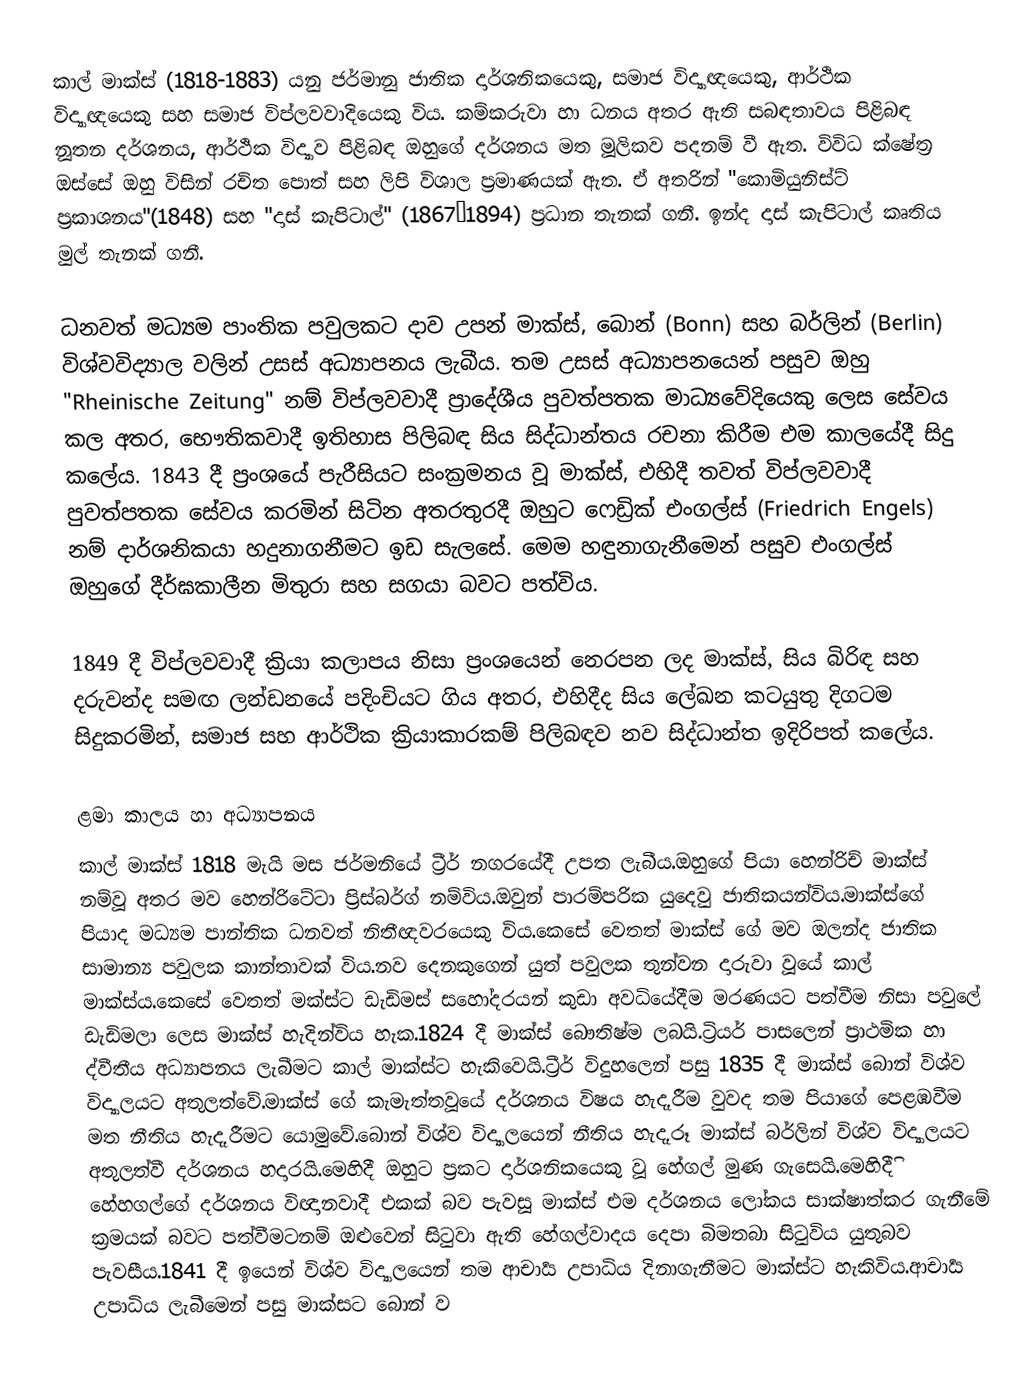
කාල් මාක්ස් (1818-1883) යනු ජර්මානු ජාතික දාර්ශනිකයෙකු, සමාජ විද්‍යාඥයෙකු, ආර්ථික විද්‍යාඥයෙකු සහ සමාජ විප්ලවවාදියෙකු විය. කම්කරුවා හා ධනය අතර ඇති සබඳතාවය පිළිබඳ නූතන දර්ශනය, ආර්ථික විද්‍යාව පිළිබඳ ඔහුගේ දර්ශනය මත මූලිකව පදනම් වී ඇත. විවිධ ක්ෂේත්‍ර ඔස්සේ ඔහු විසින් රචිත පොත් සහ ලිපි විශාල ප්‍රමාණයක් ඇත. ඒ අතරින් "කොමියුනිස්ට් ප්‍රකාශනය"(1848) සහ "දාස් කැපිටාල්" (1867–1894) ප්‍රධාන තැනක් ගනී. ඉන්ද දාස් කැපිටාල් කෘතිය මුල් තැනක් ගනී.

ධනවත් මධ්‍යම පාංතික පවුලකට දාව උපන් මාක්ස්, බොන් (Bonn) සහ බර්ලින් (Berlin) විශ්වවිද්‍යාල වලින් උසස් අධ්‍යාපනය ලැබීය. තම උසස් අධ්‍යාපනයෙන් පසුව ඔහු "Rheinische Zeitung" නම් විප්ලවවාදී ප්‍රාදේශීය පුවත්පතක මාධ්‍යවේදියෙකු ලෙස සේවය කල අතර, භෞතිකවාදී ඉතිහාස පිලිබඳ සිය සිද්ධාන්තය රචනා කිරීම එම කාලයේදී සිදු කලේය. 1843 දී ප්‍රංශයේ පැරීසියට සංක්‍රමනය වූ මාක්ස්, එහිදී තවත් විප්ලවවාදී පුවත්පතක සේවය කරමින් සිටින අතරතුරදී ඔහුට ෆෙඩ්‍රික් එංගල්ස් (Friedrich Engels) නම් දාර්ශනිකයා හදුනාගනීමට ඉඩ සැලසේ. මෙම හඳුනාගැනීමෙන් පසුව එංගල්ස් ඔහුගේ දීර්ඝකාලීන මිතුරා සහ සගයා බවට පත්විය.

1849 දී විප්ලවවාදී ක්‍රියා කලාපය නිසා ප්‍රංශයෙන් නෙරපන ලද මාක්ස්, සිය බිරිඳ සහ දරුවන්ද සමඟ ලන්ඩනයේ පදිංචියට ගිය අතර, එහිදීද සිය ලේඛන කටයුතු දිගටම සිදුකරමින්, සමාජ සහ ආර්ථික ක්‍රියාකාරකම් පිලිබඳව නව සිද්ධාන්ත ඉදිරිපත් කලේය.

ළමා කාලය හා අධ්‍යාපනය
කාල් මාක්ස් 1818 මැයි මස ජර්මනියේ ට්‍රීර් නගරයේදී උපත ලැබීය.ඔහුගේ පියා හෙන්රිච් මාක්ස් නම්වූ අතර මව හෙන්රිටේටා ප්‍රිස්බර්ග් නම්විය.ඔවුන් පාරම්පරික යුදෙවු ජාතිකයන්විය.මාක්ස්ගේ පියාද මධ්‍යම පාන්තික ධනවත් නිතීඥවරයෙකු විය.කෙසේ වෙතත් මාක්ස් ගේ මව ඔලන්ද ජාතික සාමාන්‍ය පවුලක කාන්තාවක් විය.නව දෙනකුගෙන් යුත් පවුලක තුන්වන දාරුවා වූයේ කාල් මාක්ස්ය.කෙසේ වෙතත් මක්ස්ට ඩැඩිමස් සහෝදරයන් කුඩා අවධියේදීම මරණයට පත්වීම නිසා පවුලේ ඩැඩිමලා ලෙස මාක්ස් හැදින්විය හැක.1824 දී මාක්ස් බෞතිෂ්ම ලබයි.ට්‍රියර් පාසලෙන් ප්‍රාථමික හා ද්වීතීය අධ්‍යාපනය ලැබීමට කාල් මාක්ස්ට හැකිවෙයි.ට්‍රීර් විදුහලෙන් පසු 1835 දී මාක්ස් බොන් විශ්ව විද්‍යාලයට අතුලත්වේ.මාක්ස් ගේ කැමැත්තවූයේ දර්ශනය විෂය හැදෑරීම වුවද තම පියාගේ පෙළඹවීම මත නීතිය හැදෑරීමට යොමුවේ.බොන් විශ්ව විද්‍යාලයෙන් නීතිය හැදෑරූ මාක්ස් බර්ලින් විශ්ව විද්‍යාලයට අතුලත්වී දර්ශනය හදාරයි.මෙහිදී ඔහුට ප්‍රකට දාර්ශනිකයෙකු වූ හේගල් මුණ ගැසෙයි.මෙහිදීි  හේහගල්ගේ දර්ශනය විඥානවාදී එකක් බව පැවසූ මාක්ස් එම දර්ශනය ලෝකය සාක්ෂාත්කර ගැනීමේ ක්‍රමයක් බවට පත්වීමටනම් ඔළුවෙන් සිටුවා ඇති හේගල්වාදය දෙපා බිමතබා සිටුවිය යුතුබව පැවසීය.1841 දී ඉයෙන් විශ්ව විද්‍යාලයෙන් තම ආචාර්‍ය උපාධිය දිනාගැනීමට මාක්ස්ට හැකිවිය.ආචාර්‍ය උපාධිය ලැබීමෙන් පසු මාක්සට බොන් ව